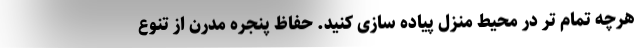
هرچه تمام تر در محیط منزل پیاده سازی کنید. حفاظ پنجره مدرن از تنوع